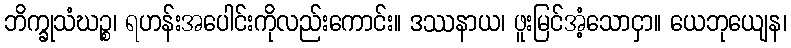
ဘိက္ခုသံဃဉ္စ၊ ရဟန်းအပေါင်းကိုလည်းကောင်း။ ဒဿနာယ၊ ဖူးမြင်အံ့သောငှာ။ ယေဘုယျေန၊